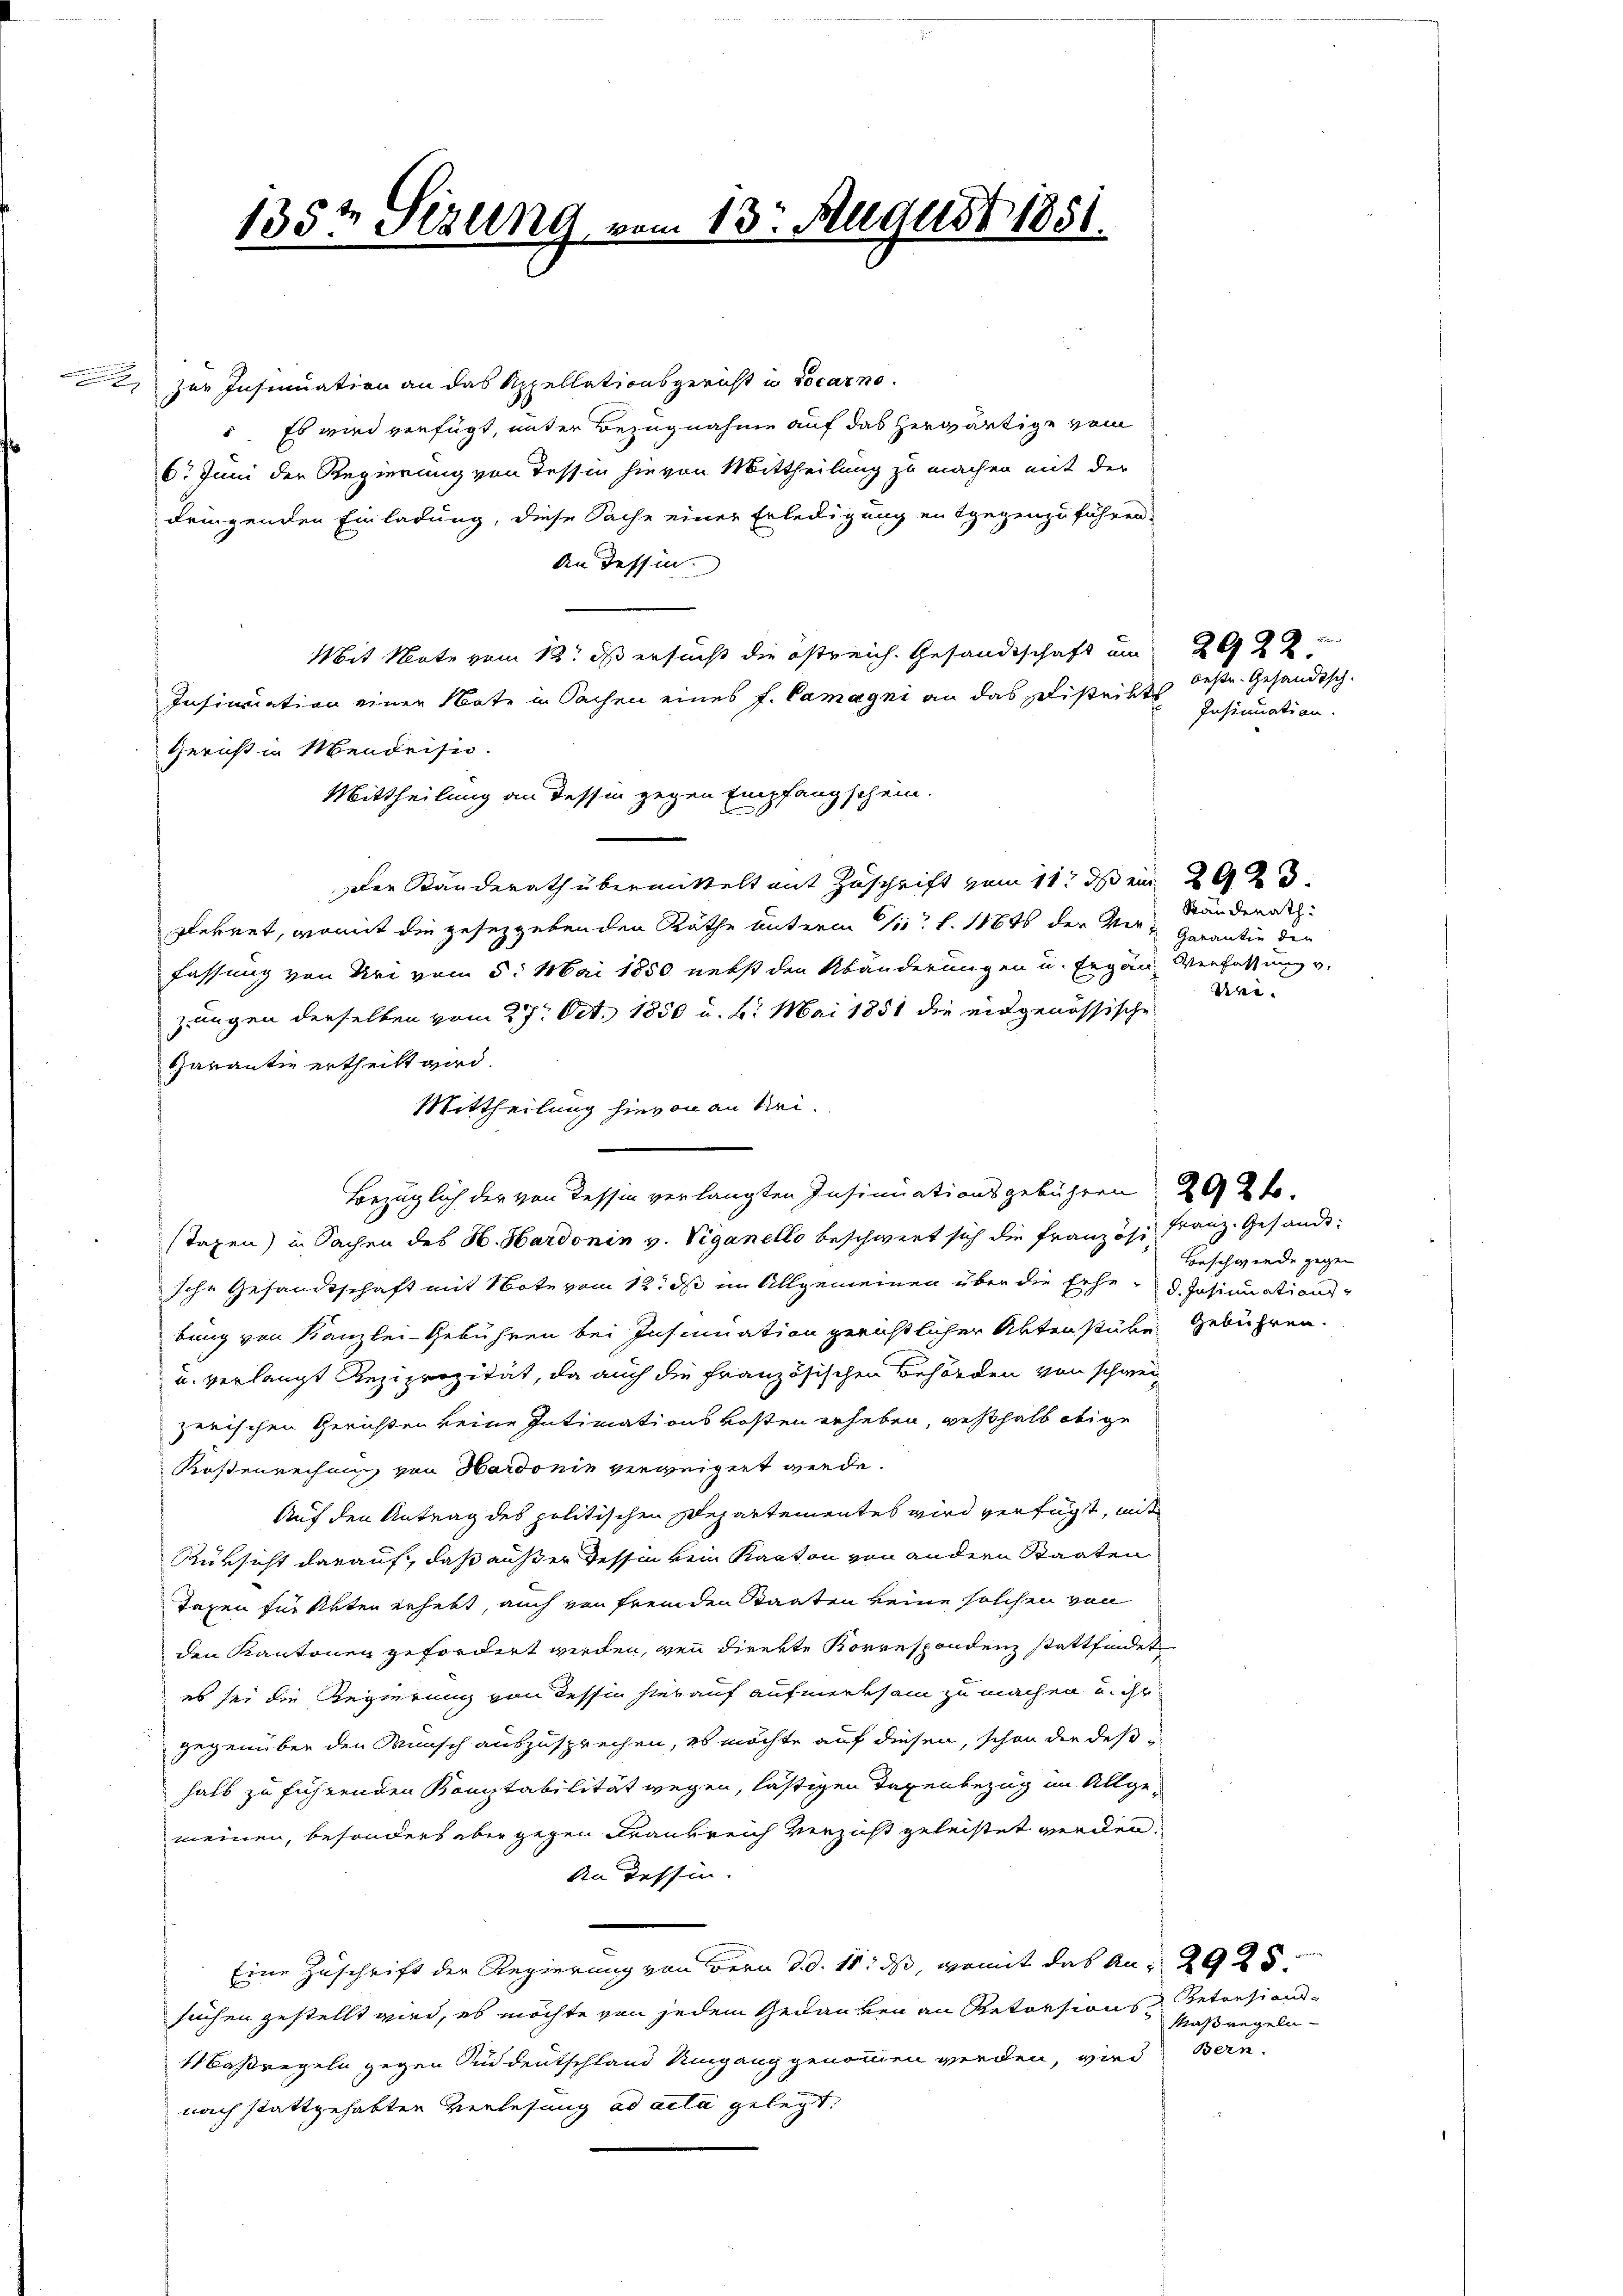
e
.

135t Sizung

zur Insinuation an das Appellationsgericht in Locarno
“. Es wird verfügt, unter Bezugnahme auf das herwärtige vom
6. Juni der Regierung von Tessin hievon Mittheilung zu machen mit der
dringenden Einladung, diese Sache einer Erledigung entgegenzuführen.
An dessen.
Mit Note vom 13t ds ersucht die östreich. Gesandtschaft am 20
Insinuation einer Note in Sachen eines f. Camagni an das Distritt deßen Gesandtsch¬
Gericht in Mendrisio.
Mittheilung an dessen gegen Empfang schein.
Der Standerath übermittelt mit Zuschrift vom 11t ds ein 29 x
glekret, womit die gesetzgeben den Räthe unterm 1/10 l. 1884 der Ver-Garantin den
fassung von Uri vom 5. Mai 1850 nebst den Abänderungen u. Eigen Verfassung v.
zungen derselben vom 27. Oct. 1850 u. 6. Mai 1851 die eidgenössische
Garantie ertheilt wird.
Mittheilung hievon an Sei-
Bezüglich der von Tessin verlangten Insinuationsgebühren 20 2t.
stagen) in Sachen des H. Hardonin v. Viganello beschwert sich die Französi Franz. Gesandt
sche Gesandtschaft mit Note vom 12. ds im Allgemeinen über die Erhe. Insinuation
bung von Kanzlei-Gebühren bei Insinuation gerichtlicher Aktenstüke Gebühren.
u. verlangt Reziprozität, da auch die französischen Behörden von schwei
zerischen Gerichten keine Intimationskosten erheben, weßhalb obige
Kostenrechnung von Hardonin verweigert werde.
Auf den Antrag des politischen Departementes wird verfügt, mit
Rüksicht darauf, daß außer Tessin kein Kanton von andern Staaten
Taxen für Akten erhebt, auch von fremden Staaten keine solchen von
den Kantonen gefordert werden, wenn direkte Korrespondenz stattfindet
es sei die Regierung von dessin hierauf aufmerksam zu machen u. ihr
gegenüber den Wunsch auszusprechen, es möchte auf diesen, schon der deß-
halb zu führenden Komptabilität wegen, lästigen Taxenbezug im Allgemeinen, besonders aber gegen Frankreich verzicht geleistet werden.
An dessen.
Eine Zuschrift der Regierung von Bern d. d. 11. ds, womit das An- 2925
suchen gestellt wird, es möchte von jedem Gedanken an Retorsions Retorsions-
1 Baßregeln gegen Süddeutschland Umgang genommen werden, wird
nach stattgehabten Verlesung ad acta gelegt.

B

13. August 1851.

Insinuation.

Ständerath:
Ure.

Beschwerde gegen

Maßregeln
Bern.